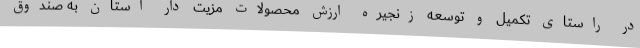
در راستای تکمیل و توسعه زنجیره ارزش محصولات مزیت دار استان به صندوق